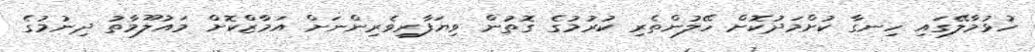
ހުޅުމާލޭގައި ހިނގާ ކުށްމަދުކޮށް ހޭލުންތެރި ކުރުމުގެ ގޮތުން ވިޔަފާރިވެރިންނަށް އަމާޒްކޮށް މައުލޫމާތު ދިނުމުގެ